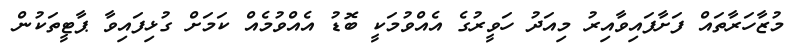
މުޒާހަރާތައް ފަށާފައިވާއިރު މިއަދު ހަވީރުގެ އެއްވުމަކީ ބޮޑު އެއްވުމެއް ކަމަށް ގުޅިފައިވާ ޕާޓީތަކުން